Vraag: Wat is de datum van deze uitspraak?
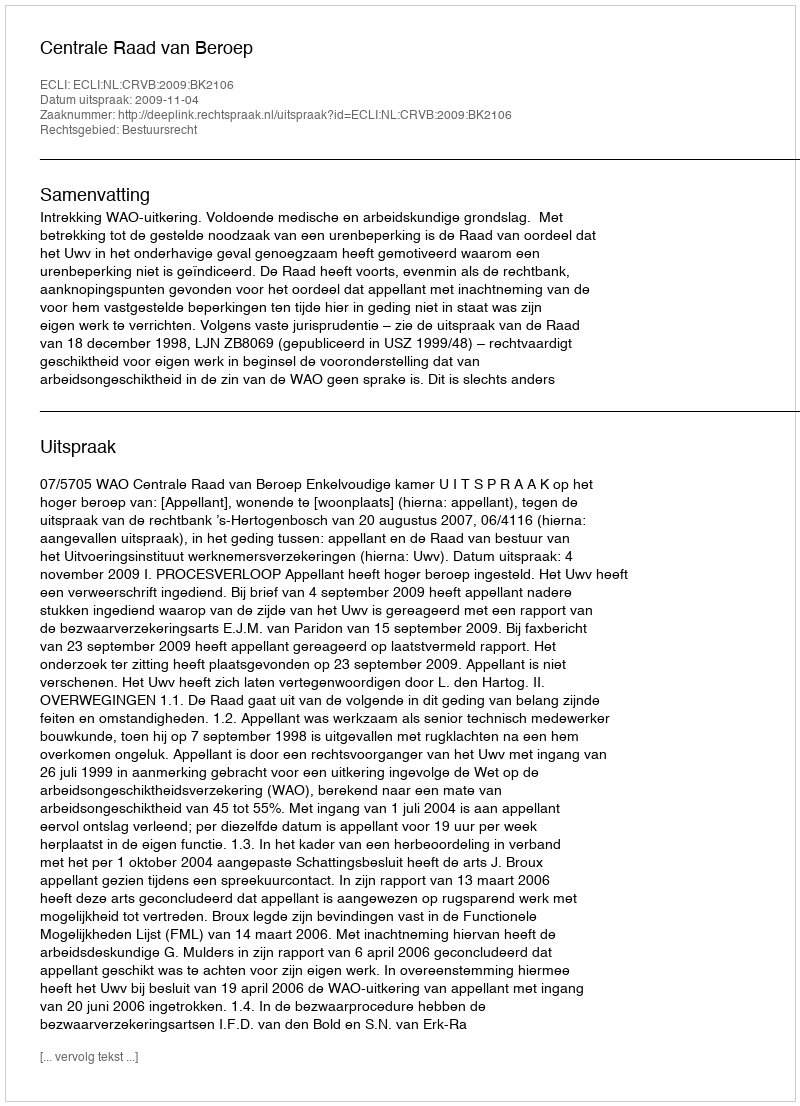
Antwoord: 2009-11-04